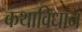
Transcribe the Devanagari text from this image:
कथाविधान